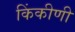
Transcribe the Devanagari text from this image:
किंकीणी